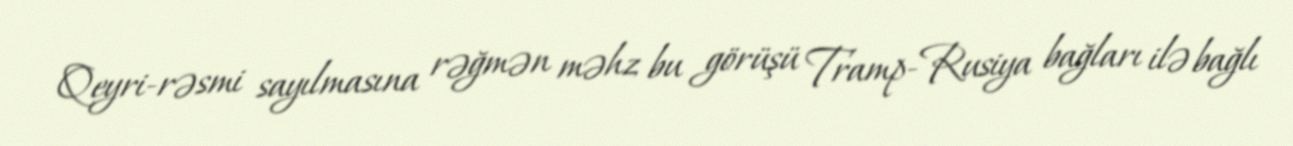
Qeyri-rəsmi sayılmasına rəğmən məhz bu görüşü Tramp-Rusiya bağları ilə bağlı